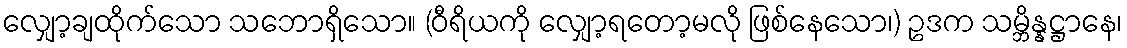
လျှော့ချထိုက်သော သဘောရှိသော။ (ဝီရိယကို လျှော့ရတော့မလို ဖြစ်နေသော၊) ဥဒက သမ္ဘိန္နဋ္ဌာနေ၊